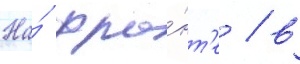
На́ фро́нт'е / в